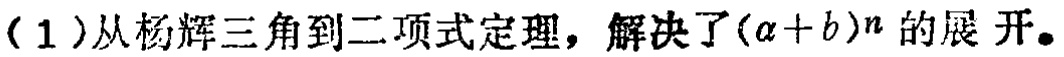
(1)从杨辉三角到二项式定理，解决了\((a + b)^n\)的展开。